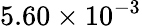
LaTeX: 5.60\times 10^{-3}